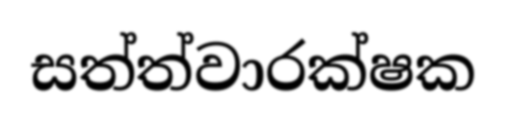
සත්ත්වාරක්ෂක